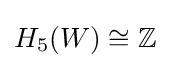
H_{5}(W)\cong \mathbb {Z}